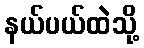
နယ်ပယ်ထဲသို့